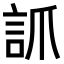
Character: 𧦐